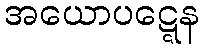
အယောပဋ္ဋေန